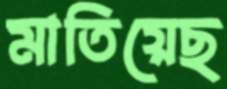
মাতিয়েছ